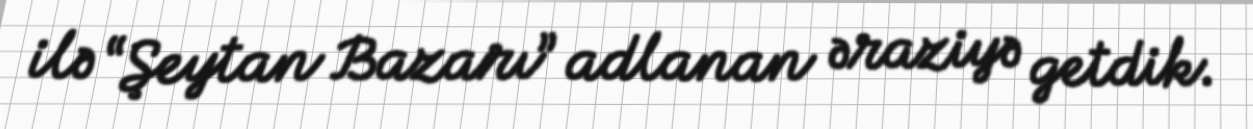
ilə “Şeytan Bazarı” adlanan əraziyə getdik.